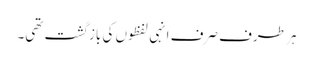
ہر طرف صرف انہی لفظوں کی بازگشت تھی۔